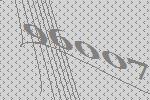
96007